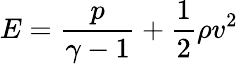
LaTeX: E=\frac{p}{\gamma-1}+\frac{1}{2}\rho v^{2}